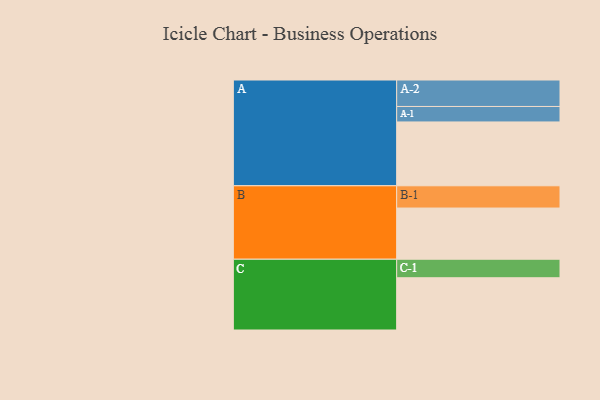
{"axis": {"x": "Segment", "y": "Value"}, "legend": ["", "A", "B", "C"], "data": [{"x": "A", "y": 545, "type": ""}, {"x": "B", "y": 437, "type": ""}, {"x": "C", "y": 446, "type": ""}, {"x": "A-1", "y": 132, "type": "A"}, {"x": "A-2", "y": 226, "type": "A"}, {"x": "B-1", "y": 190, "type": "B"}, {"x": "C-1", "y": 158, "type": "C"}]}